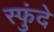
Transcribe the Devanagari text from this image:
स्फुंदे